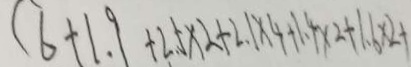
( 6 + 1 . 9 + 2 . 5 \times 2 + 2 . 1 \times 4 + 1 . 4 \times 2 + 1 . 6 \times 2 +